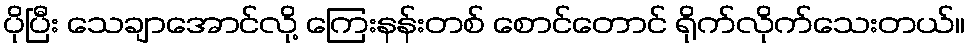
ပိုပြီး သေချာအောင်လို့ ကြေးနန်းတစ် စောင်တောင် ရိုက်လိုက်သေးတယ်။